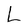
Character: L